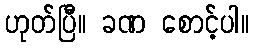
ဟုတ်ပြီ။ ခဏ စောင့်ပါ။